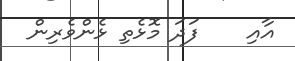
އާއި    ފަދަ މޮޅެތި ޅެންވެރިން